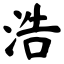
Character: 浩